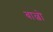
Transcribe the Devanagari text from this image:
बाल्बो